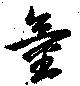
童